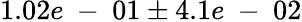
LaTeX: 1.02e\mathrm{~-~}01\pm 4.1e\mathrm{~-~}02